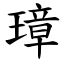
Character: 璋